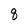
Character: U